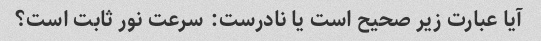
آیا عبارت زیر صحیح است یا نادرست: سرعت نور ثابت است؟